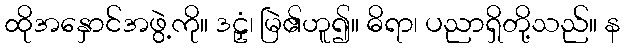
ထိုအနှောင်အဖွဲ့ကို။ ဒဠှံ၊ မြဲ၏ဟူ၍။ ဓိရာ၊ ပညာရှိတို့သည်။ န